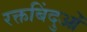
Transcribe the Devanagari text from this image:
रक्तबिंदुओं